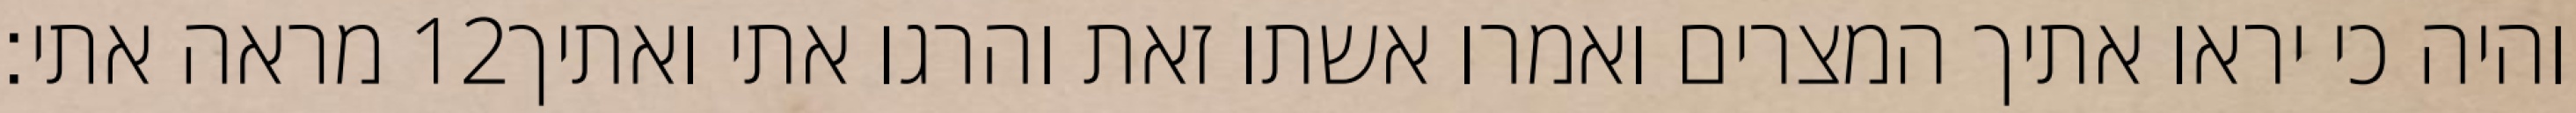
מראה אתי׃ ‎12‏ והיה כי יראו אתיך המצרים ואמרו אשתו זאת והרגו אתי ואתיך